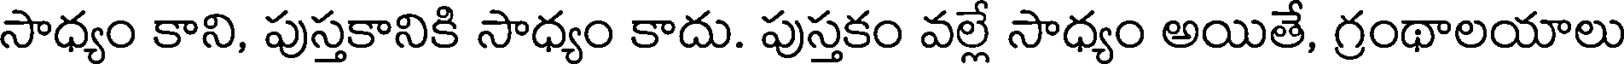
సాధ్యం కాని, పుస్తకానికి సాధ్యం కాదు. పుస్తకం వల్లే సాధ్యం అయితే, గ్రంథాలయాలు